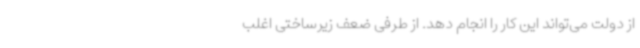
از دولت می‌تواند این کار را انجام دهد. از طرفی ضعف زیرساختی اغلب